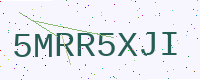
Text: 5MRR5XJI